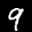
Label: 9